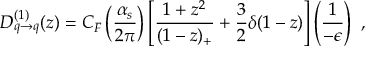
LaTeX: D _ { q \rightarrow q } ^ { ( 1 ) } ( z ) = C _ { F } \left( { \frac { \alpha _ { s } } { 2 \pi } } \right) \left[ \frac { 1 + z ^ { 2 } } { ( 1 - z ) _ { + } } + \frac { 3 } { 2 } \delta ( 1 - z ) \right] \left( { \frac { 1 } { - \epsilon } } \right) \ ,